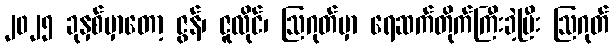
၂၀၂၅ ခုနှစ်မှာတော့ ဇွန်၊ ဇူလိုင်၊ ဩဂုတ်မှာ ရေဆက်တိုက်ကြီးခဲ့ပြီး ဩဂုတ်